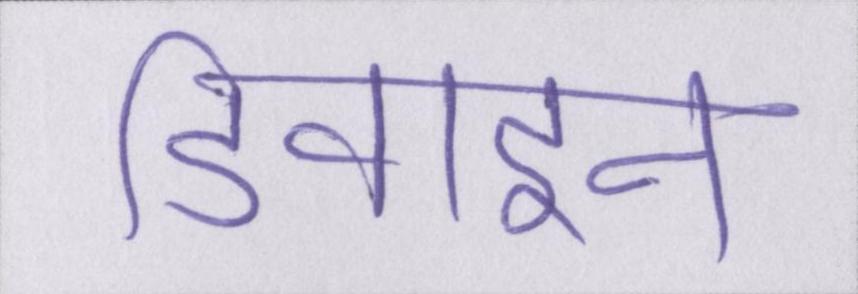
डिवाइन